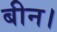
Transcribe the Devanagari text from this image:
बीन।